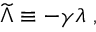
{ \widetilde \Lambda } \equiv - \gamma \lambda ~ ,